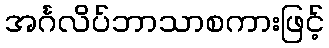
အင်္ဂလိပ်ဘာသာစကားဖြင့်